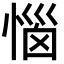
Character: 惱